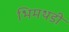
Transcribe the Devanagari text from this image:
भिमथडी